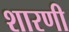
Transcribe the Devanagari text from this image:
शारणी